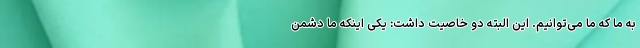
به ما که ما می‌توانیم. این البته دو خاصیت داشت: یکی اینکه ما دشمن